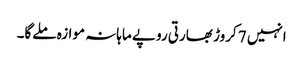
انہیں 7 کروڑ بھارتی روپے ماہانہ موازہ ملےگا۔